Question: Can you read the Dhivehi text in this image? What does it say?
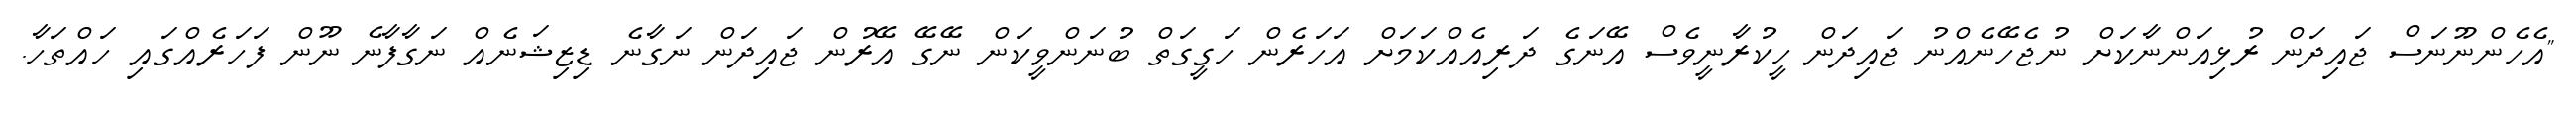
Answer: "އެހެންނޫނަސް ޖައިދަން ރުޅިއަންނާކަށް ނުޖެހޭނެއްނު ޖައިދަން ހީކުރާނީވެސް އޭނަގެ ދަރިއެއްކަމަށް އަހަރެން ހަގީގަތް ބުނަންވީކަން ނޭގޭ އޭރުން ޖައިދަން ނަގާނެ ޑިޒިޝަނެއް ނަގާފާނެ ނޫން ފަހަރެއްގައި ހައްތަހާ.